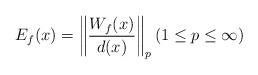
LaTeX: \begin{align*} E_f(x) = \left \| \frac{W_f(x)}{d(x)} \right \|_p (1 \le p \le \infty)\end{align*}